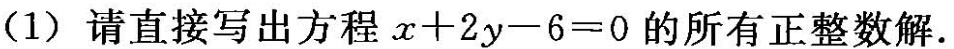
(1)请直接写出方程$$x + 2 y - 6 = 0$$的所有正整数解。